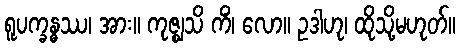
ရူပက္ခန္ဓဿ၊ အား။ ကုဇ္ဈသိ ကိံ၊ လော။ ဥဒါဟု၊ ထိုသို့မဟုတ်။